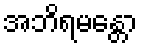
အဘိရမန္တော